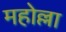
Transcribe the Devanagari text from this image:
महोल्ला